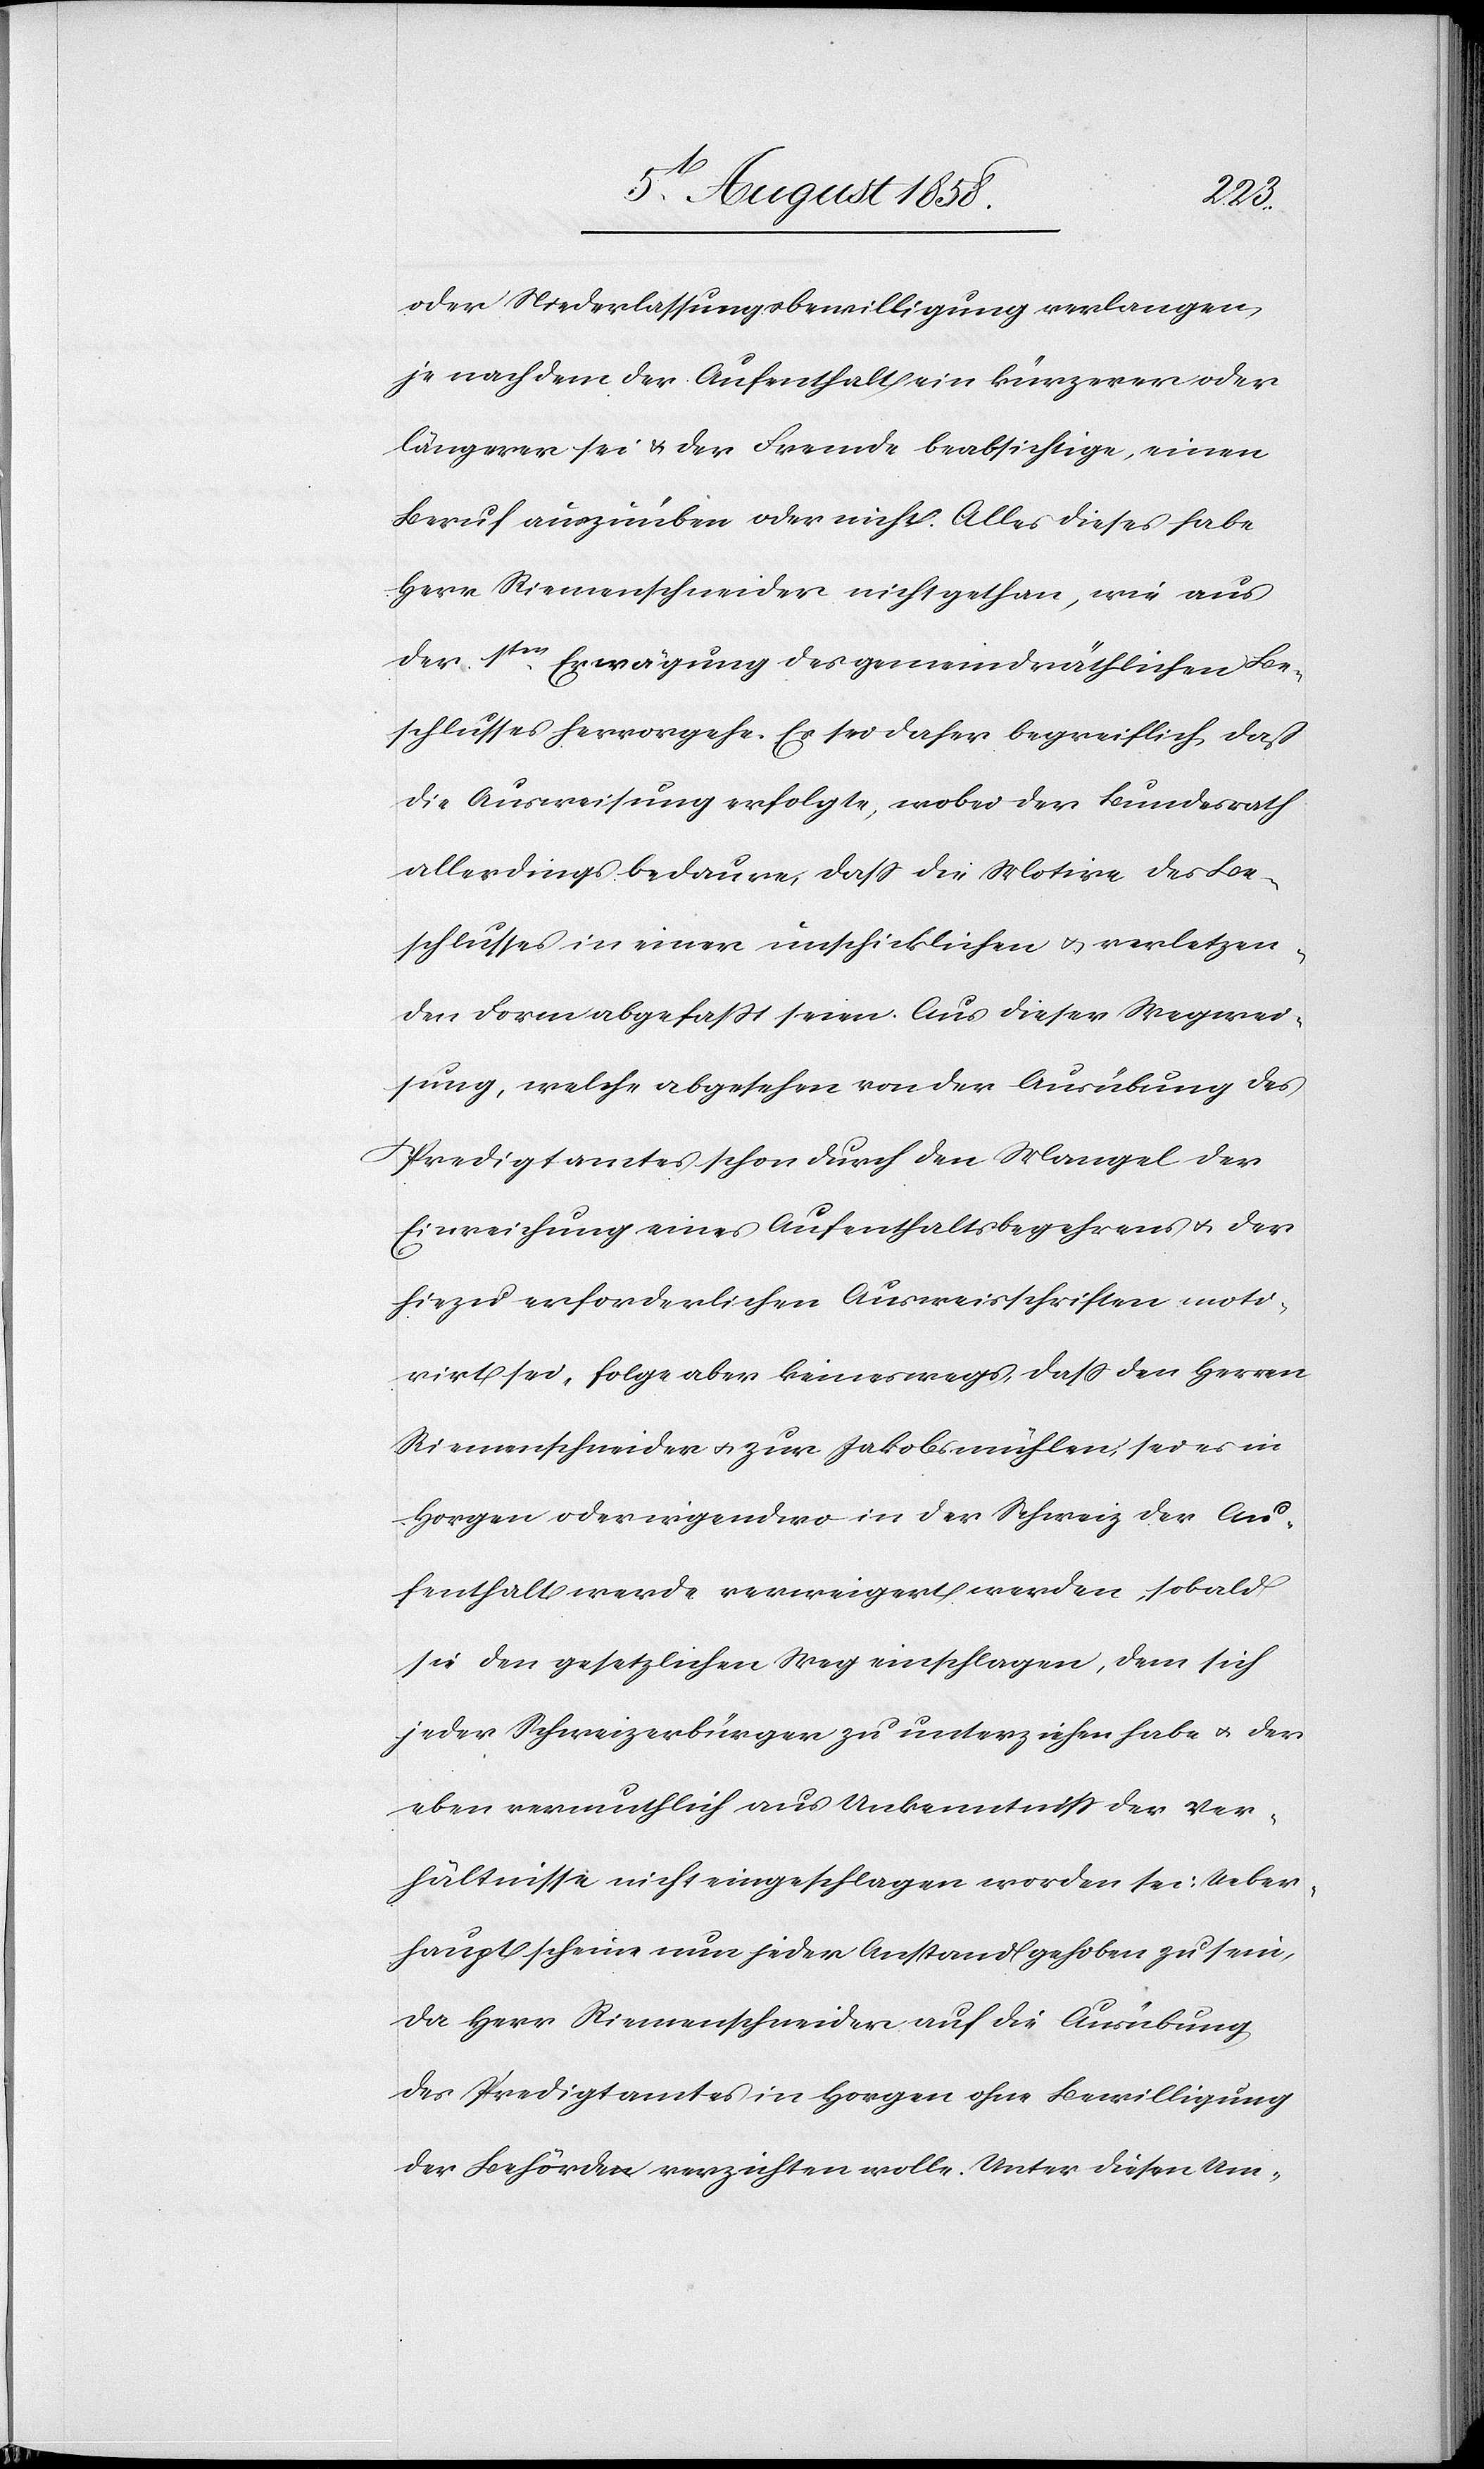
oder Niederlassungsbewilligung verlangen,
je nachdem der Aufenthalt ein kürzerer oder
längerer sei & der Fremde beabsichtige, einen
Beruf auszuüben oder nicht. Alles dieses habe
Herr Riemenschneider nicht gethan, wie aus
der 1ten Erwägung des gemeindräthlichen Be¬
schlusses hervorgehe. Es sei daher begreiflich daß
die Ausweisung erfolgte, wobei der Bundesrath
allerdings bedaure, dass die Motive des Be¬
schlusses in einer unschicklichen & verletzen¬
den Form abgefasst seien. Aus dieser Wegwei¬
sung, welche abgesehen von der Ausübung des
Predigtamtes schon durch den Mangel der
Einreichung eines Aufenthaltsbegehrens & der
hiezu erforderlichen Ausweisschriften moti¬
virt sei, folge aber keineswegs, dass den Herren
Riemenschneider & zur Jakobsmühlen, sei es in
Horgen oder irgendwo in der Schweiz der Au¬
fenthalt werde verweigert werden, sobald
sie den gesetzlichen Weg einschlagen, dem sich
jeder Schweizerbürger zu unterziehen habe & der
eben vermuthlich aus Unkenntniss der Ver¬
hältnisse nicht eingeschlagen worden sei. Ueber¬
haupt scheine nun jeder Anstand gehoben zu sein,
da Herr Riemenschneider auf die Ausübung
des Predigtamtes in Horgen ohne Bewilligung
der Behördea-n-a verzichten wolle. Unter diesen Um-